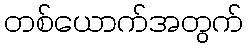
တစ်ယောက်အတွက်